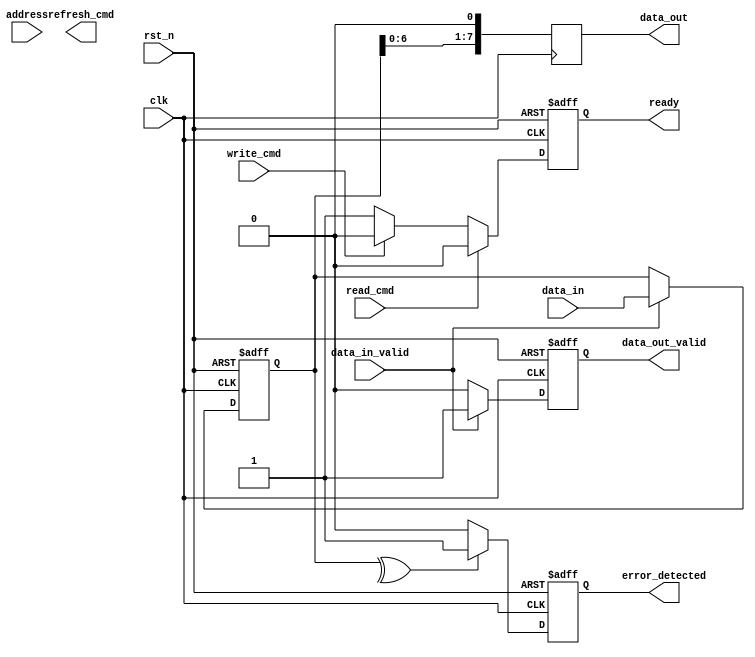
module io_block (
    input wire clk,               // Clock signal
    input wire rst_n,             // Active low reset
    input wire [7:0] data_in,     // Data input from the controller
    input wire data_in_valid,      // Data valid signal
    output wire [7:0] data_out,   // Data output to the controller
    output wire data_out_valid,    // Data output valid signal
    input wire [31:0] address,     // Address input
    input wire read_cmd,           // Read command signal
    input wire write_cmd,          // Write command signal
    output wire refresh_cmd,       // Refresh command signal
    output wire error_detected,     // Error detection signal
    output wire ready              // Ready signal
);

// Internal signals
reg [7:0] data_latch;
reg [7:0] serialized_data;
reg data_out_reg;
reg data_out_valid_reg;
reg error_detected_reg;
reg ready_reg;

// Data Input Buffers
always @(posedge clk or negedge rst_n) begin
    if (!rst_n) begin
        data_latch <= 8'b0;
        data_out_valid_reg <= 1'b0;
    end else if (data_in_valid) begin
        data_latch <= data_in;  // Capture incoming data
        data_out_valid_reg <= 1'b1;
    end else begin
        data_out_valid_reg <= 1'b0;
    end
end

// Data Serializer (simple shift register)
always @(posedge clk) begin
    serialized_data <= {data_latch[6:0], 1'b0}; // Shift data for serialization
end

// Data Output Buffers
assign data_out = serialized_data;
assign data_out_valid = data_out_valid_reg;

// Command Decoder
always @(posedge clk or negedge rst_n) begin
    if (!rst_n) begin
        ready_reg <= 1'b1;  // Initialize ready signal
    end else if (read_cmd) begin
        // Handle read operation
        ready_reg <= 1'b0;  // Not ready during read
    end else if (write_cmd) begin
        // Handle write operation
        ready_reg <= 1'b0;  // Not ready during write
    end else begin
        ready_reg <= 1'b1;  // Ready state
    end
end

// Error Detection Logic
always @(posedge clk or negedge rst_n) begin
    if (!rst_n) begin
        error_detected_reg <= 1'b0;
    end else begin
        // Simple parity check for demonstration purposes
        if (^data_latch[7:0] == 1'b1) begin
            error_detected_reg <= 1'b1; // Error detected
        end else begin
            error_detected_reg <= 1'b0; // No error
        end
    end
end

assign error_detected = error_detected_reg;
assign ready = ready_reg;

endmodule